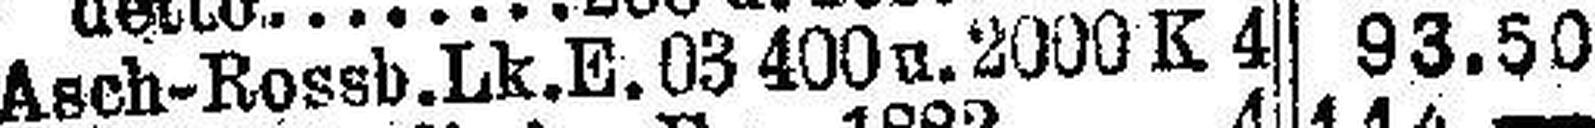
Asch-Rossb. Lk. E. 03 400 u. 2000 K 4